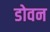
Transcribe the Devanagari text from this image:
डोवन